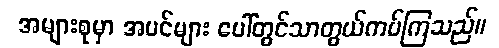
အများစုမှာ အပင်များ ပေါ်တွင်သာတွယ်ကပ်ကြသည်။